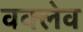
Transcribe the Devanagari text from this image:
वक्लेव